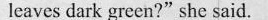
leaves dark green?" she said,